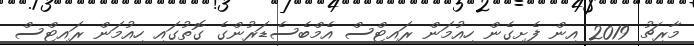
މާރިޗު 2019 އިން ފެށިގެން ހިއުމަން ރައިޓްސް އެމްބެސެޑަރުންގެ ގޮތުގައި ހިއުމަން ރައިޓްސް